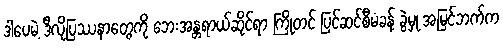
ဒါပေမဲ့ ဒီလိုပြဿနာတွေကို ဘေးအန္တရာယ်ဆိုင်ရာ ကြိုတင် ပြင်ဆင်စီမံခန့် ခွဲမှု အမြင်ဘက်က